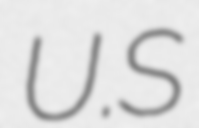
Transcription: U.S